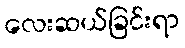
လေးဆယ်ခြင်းရာ